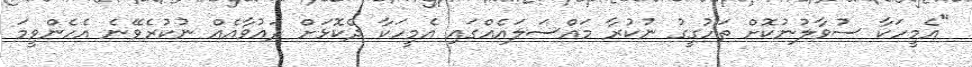
"އެމީހަކާ ސުވާލުނުކޮށް ތަހުގީގު ނުކުރާ މައްސަލައެއްގައި އެމީހަކާ ދެކޮޅަށް ދައުވާއެއް ނުކުރެވޭނެ އެެހެންވީމަ